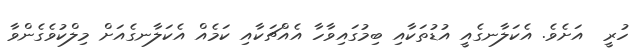
ހުރީ  އަށެވެ. އެކަލާނގެއީ އުޑުތަކާއި ބިމުގައިވާހާ އެއްޗަކާއި ކަމެއް އެކަލާނގެއަށް މިލްކުވެގެންވާ